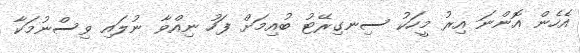
އެހެން އޮންނަ އިރު މީހަކު ސިނގިރޭޓު ބުއިމަށް ފަހު ނިއްވާ ނުލައި ވިސްނުމަކާ